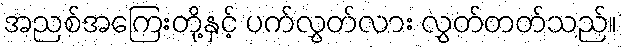
အညစ်အကြေးတို့နှင့် ပက်လွှတ်လား လွှတ်တတ်သည်။